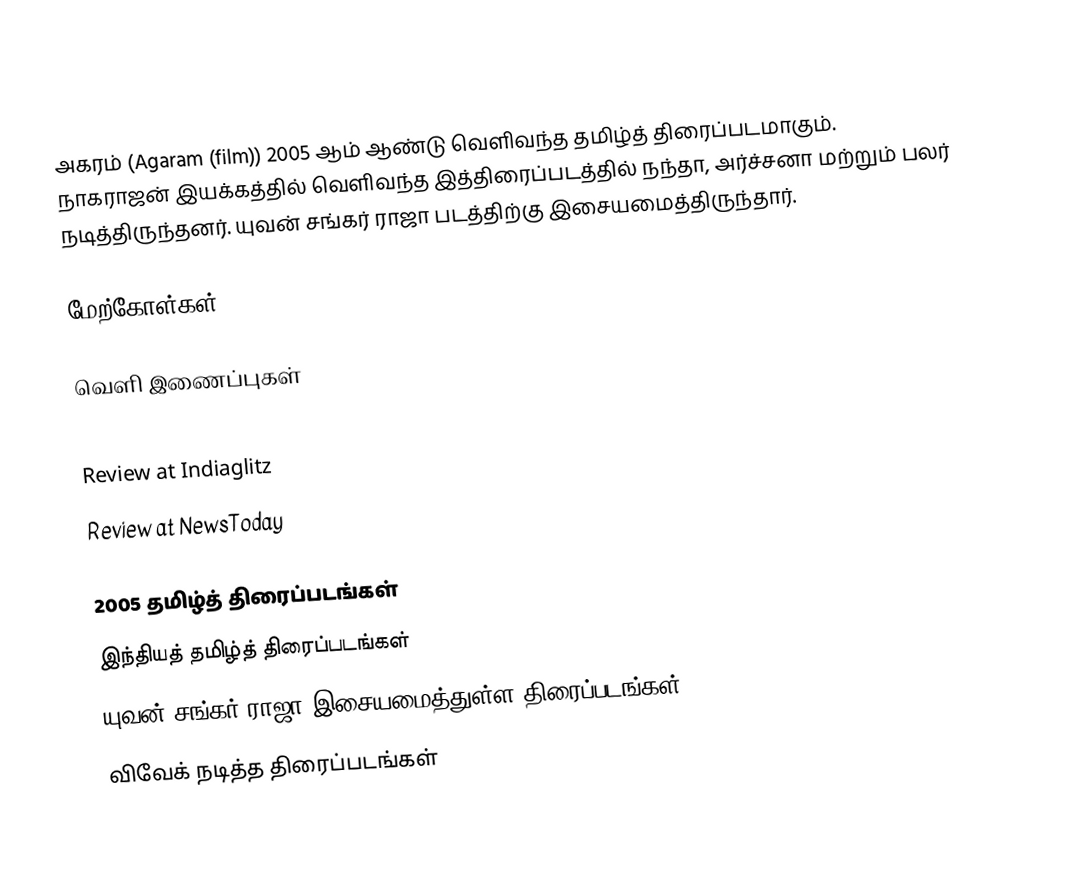
அகரம் (Agaram (film)) 2005 ஆம் ஆண்டு வெளிவந்த தமிழ்த் திரைப்படமாகும். நாகராஜன் இயக்கத்தில் வெளிவந்த இத்திரைப்படத்தில் நந்தா, அர்ச்சனா மற்றும் பலர் நடித்திருந்தனர். யுவன் சங்கர் ராஜா படத்திற்கு இசையமைத்திருந்தார்.

மேற்கோள்கள்

வெளி இணைப்புகள்

 Review at Indiaglitz
 Review at NewsToday

2005 தமிழ்த் திரைப்படங்கள்
இந்தியத் தமிழ்த் திரைப்படங்கள்
யுவன் சங்கர் ராஜா இசையமைத்துள்ள திரைப்படங்கள்
விவேக் நடித்த திரைப்படங்கள்